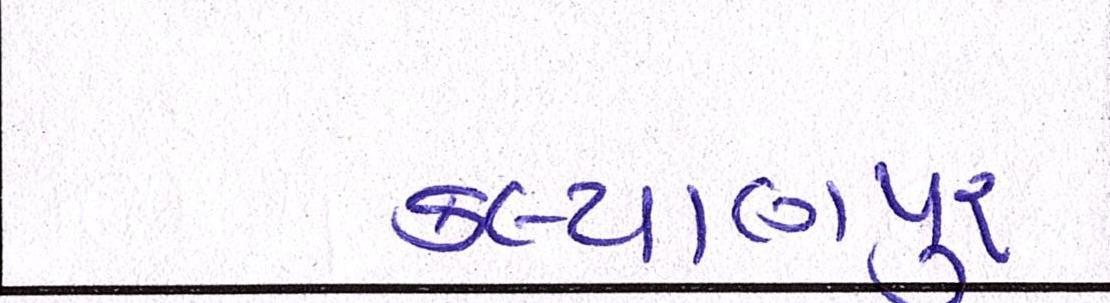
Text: કલ્યાણપુર